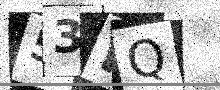
Text: 53RQ